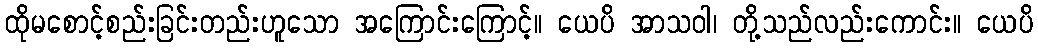
ထိုမစောင့်စည်းခြင်းတည်းဟူသော အကြောင်းကြောင့်။ ယေပိ အာသဝါ၊ တို့သည်လည်းကောင်း။ ယေပိ